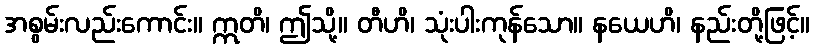
အစွမ်းလည်းကောင်း။ ဣတိ၊ ဤသို့။ တီဟိ၊ သုံးပါးကုန်သော။ နယေဟိ၊ နည်းတို့ဖြင့်။